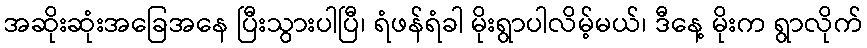
အဆိုးဆုံးအခြေအနေ ပြီးသွားပါပြီ၊ ရံဖန်ရံခါ မိုးရွာပါလိမ့်မယ်၊ ဒီနေ့ မိုးက ရွာလိုက်